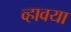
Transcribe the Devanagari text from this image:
व्हावया